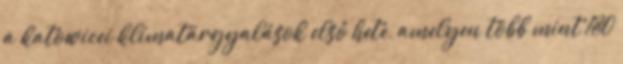
a katowicei klímatárgyalások első hete, amelyen több mint 180